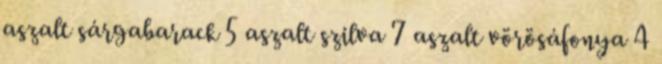
aszalt sárgabarack 5 aszalt szilva 7 aszalt vörösáfonya 4